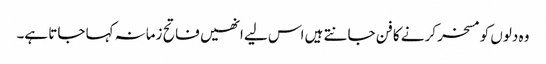
وہ دلوں کو مسخر کرنے کا فن جانتے ہیں اس لیے انھیں فاتح زمانہ کہا جاتا ہے۔